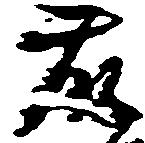
藤